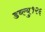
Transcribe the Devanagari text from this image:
डब्ल्यु१२६